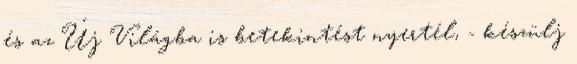
és az Új Világba is betekintést nyertél, - készülj